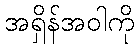
အရှိန်အဝါကို